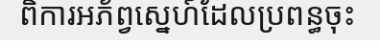
ពិការអភ័ព្វស្នេហ៍ដែលប្រពន្ធចុះ